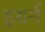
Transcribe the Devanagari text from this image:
इयर्न